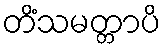
တိံသမတ္တာပိ